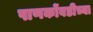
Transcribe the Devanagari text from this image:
पाणकोंबडीच्या